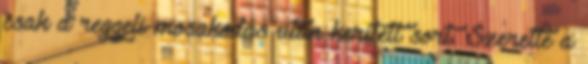
csak a reggeli mosakodás után kerített sort. Szerette a